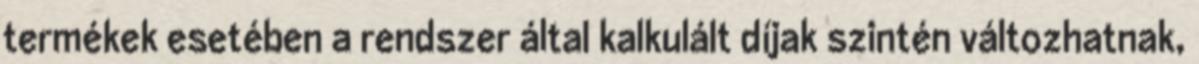
termékek esetében a rendszer által kalkulált díjak szintén változhatnak,